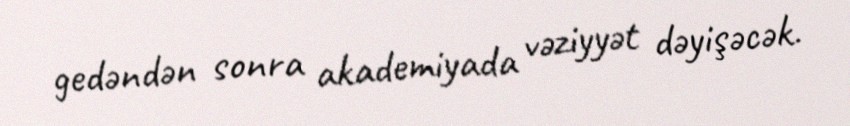
gedəndən sonra akademiyada vəziyyət dəyişəcək.